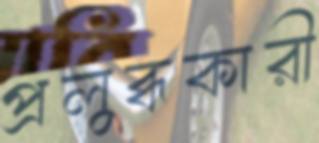
প্রলুব্ধকারী